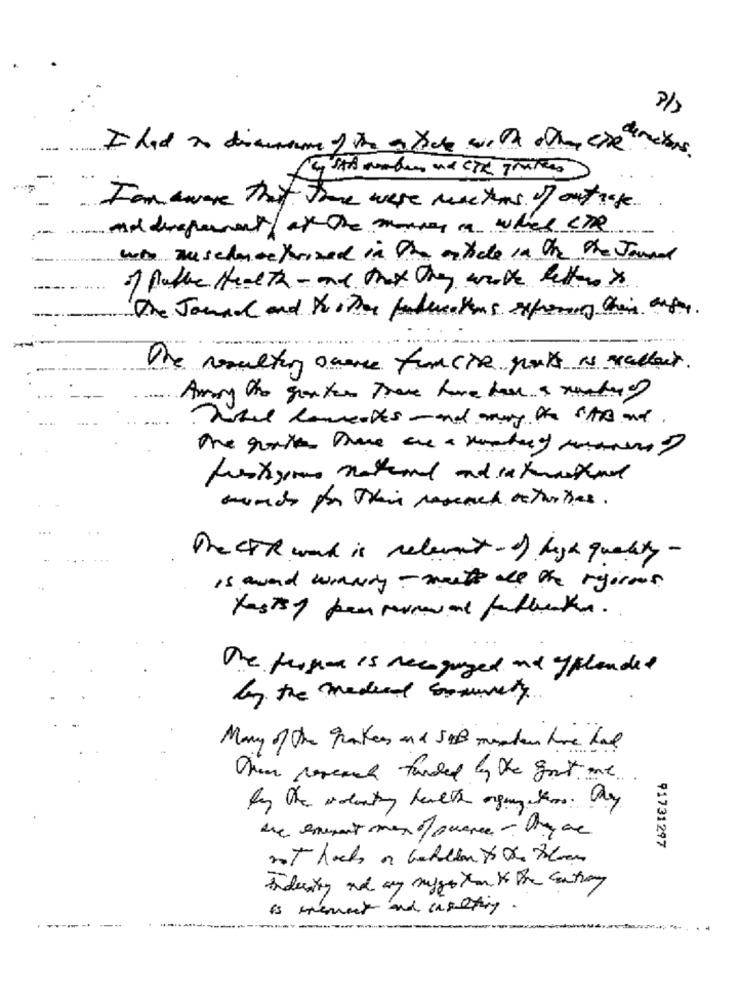
........
Cysts made and CIR Trailers
I am aware that there were masters of outrage
ad drepermet/ are the monkey ma what CTR
wto auschmetrixed in the article in the the Jound
of Public Health- me that they with letter is
The Journal and theother publications expressing their antes
The resultin onore funCTR gult is rallait.
Amy the gantes There fore have a rendre
The CTR work is relevant - of high quality-
is awand winnery - muets all the rigorous.
One friger is recognized and gplended
by the medical community
Many of the grakers and JOB machen have had
When wereach funded by the gout one ..
the eminent men of science - they are
91731297
is thement and insulting